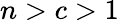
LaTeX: n>c>1